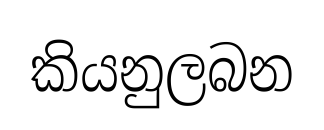
කියනුලබන